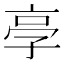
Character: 𠅝